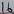
Text: 16